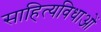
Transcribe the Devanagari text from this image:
साहित्यविधाओं